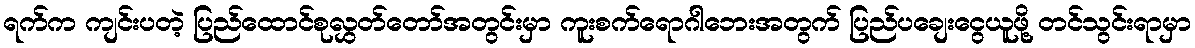
ရက်က ကျင်းပတဲ့ ပြည်ထောင်စုလွှတ်တော်အတွင်းမှာ ကူးစက်ရောဂါဘေးအတွက် ပြည်ပချေးငွေယူဖို့ တင်သွင်းရာမှာ